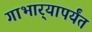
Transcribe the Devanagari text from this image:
गाभार्‍यापर्यंत